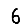
Digit: 6